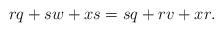
LaTeX: \begin{align*}rq + sw + xs = sq + rv + xr.\end{align*}